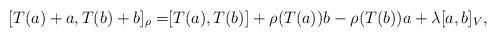
LaTeX: \begin{align*} [T(a)+a, T(b)+b]_{\rho}=&[T(a),T(b)]+ \rho(T(a))b-\rho(T(b))a+\lambda[a,b]_V, \end{align*}